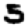
Digit: 5